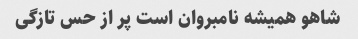
شاهو همیشه نامبروان است پر از حس تازگی